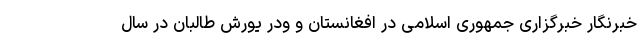
خبرنگار خبرگزاری جمهوری اسلامی در افغانستان و ودر یورش طالبان در سال